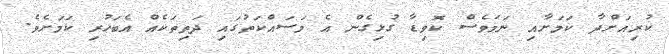
ކުރިއަށްދާ ކަމަށާއި ނަމަވެސް ކޮވިޑާ ގުޅިގެން އެ މަސައްކަތުގައި ދަތިތަކެއް އެބަހުރި ކަމަށެވެ.